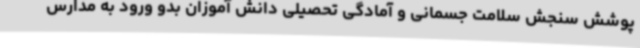
پوشش سنجش سلامت جسمانی و آمادگی تحصیلی دانش آموزان بدو ورود به مدارس